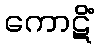
ကောဋိံ